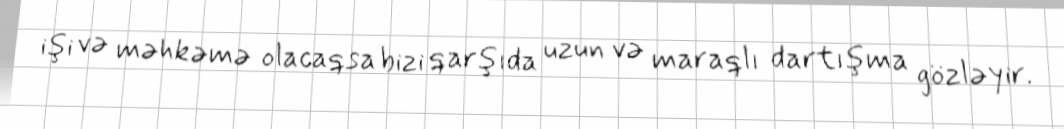
işi və məhkəmə olacaqsa bizi qarşıda uzun və maraqlı dartışma gözləyir.